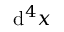
\mathrm { d } ^ { 4 } x